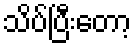
သိပ်ပြီးတော့